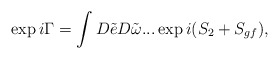
\begin{align*}\exp i\Gamma=\int D\tilde{e}D\tilde{\omega}...\exp i(S_{2}+S_{gf}),\end{align*}